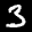
Label: 3